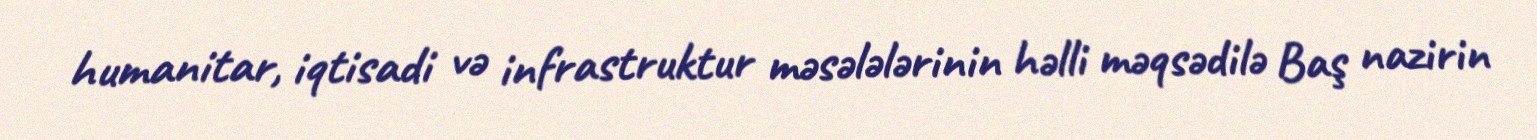
humanitar, iqtisadi və infrastruktur məsələlərinin həlli məqsədilə Baş nazirin